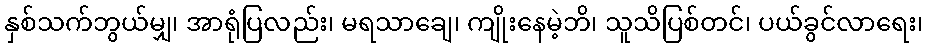
နှစ်သက်ဘွယ်မျှ၊ အာရုံပြလည်း၊ မရသာချေ၊ ကျိုးနေမဲ့ဘိ၊ သူသိပြစ်တင်၊ ပယ်ခွင်လာရေး၊